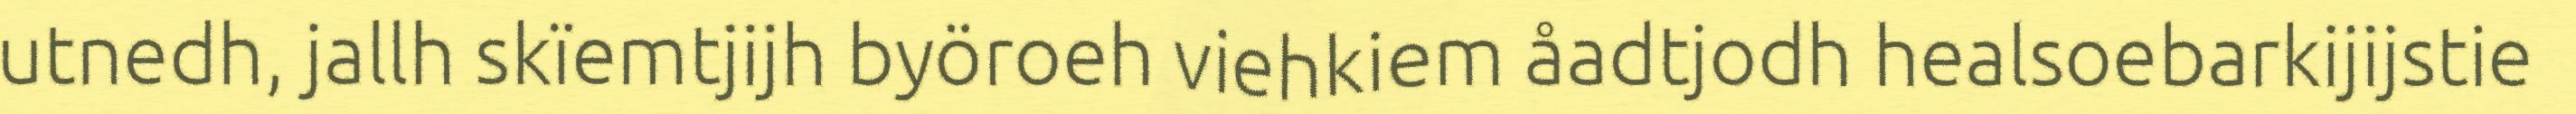
utnedh, jallh skïemtjijh byöroeh viehkiem åadtjodh healsoebarkijijstie